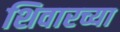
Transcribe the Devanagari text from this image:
शिवारच्या